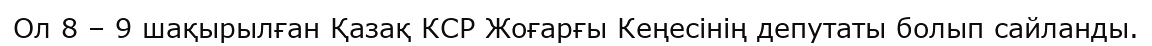
Ол 8 – 9 шақырылған Қазақ КСР Жоғарғы Кеңесінің депутаты болып сайланды.